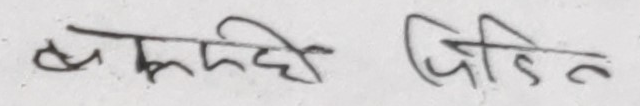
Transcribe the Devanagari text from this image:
बुझ्छिदै पीडित